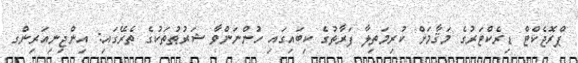
ޕްރޮޖެކްޓް ޑިރެކްޓަރުގެ މަޤާމަށް ކުރިމަތިލާ ފަރާތުގެ ކިބައިގައި ހުންނަންވާ ޝަރުޠުތަކުގެ ތެރޭގައި: އިންޖިނިއަރިންގ